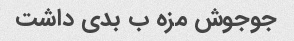
جوجوش مزه ب بدی داشت